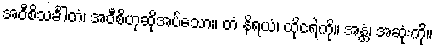
အဝီစိသင်္ခါတံ၊ အဝီစိဟုဆိုအပ်သော။ တံ နိရယံ၊ ထိုငရဲကို။ အန္တံ၊ အဆုံးကို။